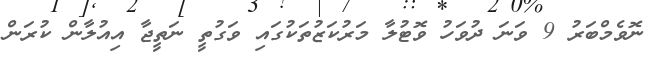
ނޮވެމްބަރު 9 ވަނަ ދުވަހު ވޮޓުލާ މަރުކަޒުތަކުގައި ވަގުތީ ނަތީޖާ އިއުލާން ކުރަން